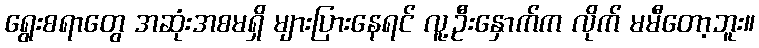
ရွေးစရာတွေ အဆုံးအစမရှိ များပြားနေရင် လူ့ဦးနှောက်က လိုက် မမီတော့ဘူး။